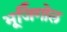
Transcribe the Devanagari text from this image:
भूजिँगोल